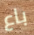
باع